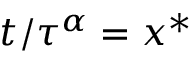
t / \tau ^ { \alpha } = x ^ { * }